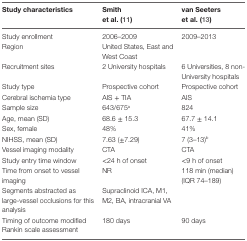
<table><thead><tr><td><b>Study characteristics</b></td><td><b>Smith et al. (11)</b></td><td><b>van Seeters et al. (13)</b></td></tr></thead><tbody><tr><td>Study enrollment</td><td>2006–2009</td><td>2009–2013</td></tr><tr><td>Region</td><td>United States, East and West Coast</td><td>[EMPTY_CELL]</td></tr><tr><td>Recruitment sites</td><td>2 University hospitals</td><td>6 Universities, 8 non-University hospitals</td></tr><tr><td>Study type</td><td>Prospective cohort</td><td>Prospective cohort</td></tr><tr><td>Cerebral ischemia type</td><td>AIS + TIA</td><td>AIS</td></tr><tr><td>Sample size</td><td>643/675<sup>a</sup></td><td>824</td></tr><tr><td>Age, mean (SD)</td><td>68.6 ± 15.3</td><td>67.7 ± 14.1</td></tr><tr><td>Sex, female</td><td>48%</td><td>41%</td></tr><tr><td>NIHSS, mean (SD)</td><td>7.63 (±7.29)</td><td>7 (3–13)<sup>b</sup></td></tr><tr><td>Vessel imaging modality</td><td>CTA</td><td>CTA</td></tr><tr><td>Study entry time window</td><td>&lt;24 h of onset</td><td>&lt;9 h of onset</td></tr><tr><td>Time from onset to vessel imaging</td><td>NR</td><td>118 min (median) (IQR 74–189)</td></tr><tr><td>Segments abstracted as large-vessel occlusions for this analysis</td><td>Supraclinoid ICA, M1, M2, BA, intracranial VA</td><td>[EMPTY_CELL]</td></tr><tr><td>Timing of outcome modified Rankin scale assessment</td><td>180 days</td><td>90 days</td></tr></tbody></table>